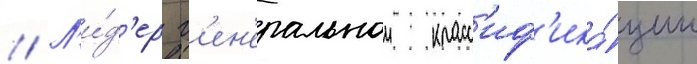
// Л'и́д'ер г'ен'еральнои класс'иф'ика́ции